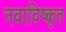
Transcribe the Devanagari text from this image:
नवाविष्कृत